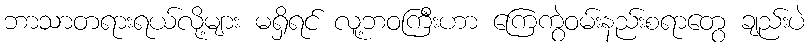
ဘာသာတရားရယ်လို့များ မရှိရင် လူ့ဘဝကြီးဟာ ကြေကွဲဝမ်းနည်းစရာတွေ ချည်းပဲ